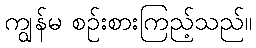
ကျွန်မ စဉ်းစားကြည့်သည်။